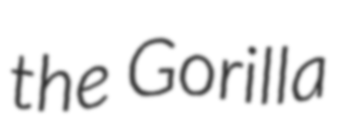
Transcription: the Gorilla